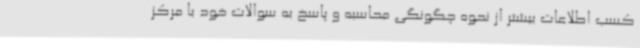
کسب اطلاعات بیشتر از نحوه چگونگی محاسبه و پاسخ به سوالات خود با مرکز